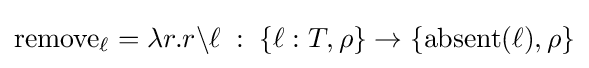
\mathrm {remove_{\ell }} =\lambda r.r\backslash \ell \;:\;\{\ell :T,\rho \}\rightarrow \{\mathrm {absent} (\ell ),\rho \}